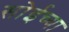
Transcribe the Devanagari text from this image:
सोईच्या